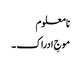
نا معلوم
موجِ ادراک ۔